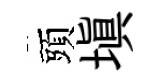
頭塡